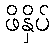
ဖိနှိပ်